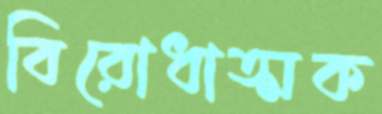
বিরোধাত্মক